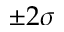
\pm 2 \sigma